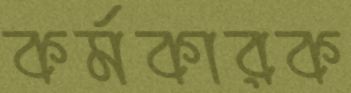
কর্মকারক